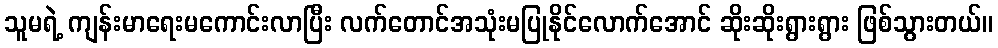
သူမရဲ့ ကျန်းမာရေးမကောင်းလာပြီး လက်တောင်အသုံးမပြုနိုင်လောက်အောင် ဆိုးဆိုးရွားရွား ဖြစ်သွားတယ်။